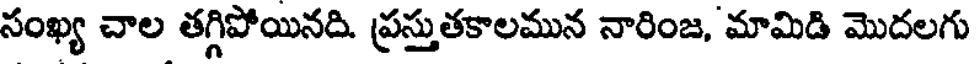
సంఖ్య చాల తగ్గిపోయినది. ప్రస్తుతకాలమున నారింజ, మామిడి మొదలగు